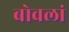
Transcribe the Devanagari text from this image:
बोवलां